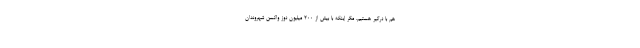
هم با درگیر هستیم، مگر اینکه با بیش از ۲۰۰ میلیون دوز واکسن شهروندان